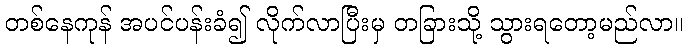
တစ်နေကုန် အပင်ပန်းခံ၍ လိုက်လာပြီးမှ တခြားသို့ သွားရတော့မည်လာ။